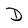
Character: D